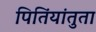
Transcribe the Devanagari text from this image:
पितिंयांतुता